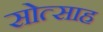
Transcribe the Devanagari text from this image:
सोत्साह